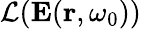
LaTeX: \mathcal{L}(\mathbf{E}(\mathbf{r},\omega_{0}))